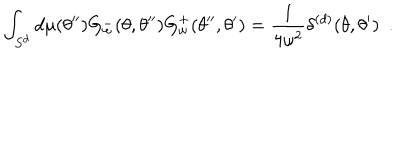
\int _ { S ^ { d } } d \mu ( \theta ^ { \prime \prime } ) G _ { \omega } ^ { - } ( \theta , \theta ^ { \prime \prime } ) G _ { \omega } ^ { + } ( \theta ^ { \prime \prime } , \theta ^ { \prime } ) = { \frac { 1 } { 4 \omega ^ { 2 } } } \delta ^ { ( d ) } ( \theta , \theta ^ { \prime } ) ~ ~ .